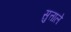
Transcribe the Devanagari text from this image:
सुत्ताले